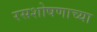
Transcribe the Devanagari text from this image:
रसशोषणाच्या